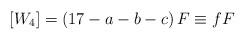
LaTeX: \begin{align*}[W_4] = \left(17-a-b-c\right)F \equiv f F \end{align*}